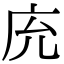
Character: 𢇰